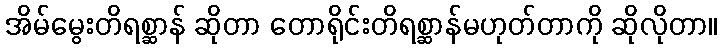
အိမ်မွေးတိရစ္ဆာန် ဆိုတာ တောရိုင်းတိရစ္ဆာန်မဟုတ်တာကို ဆိုလိုတာ။